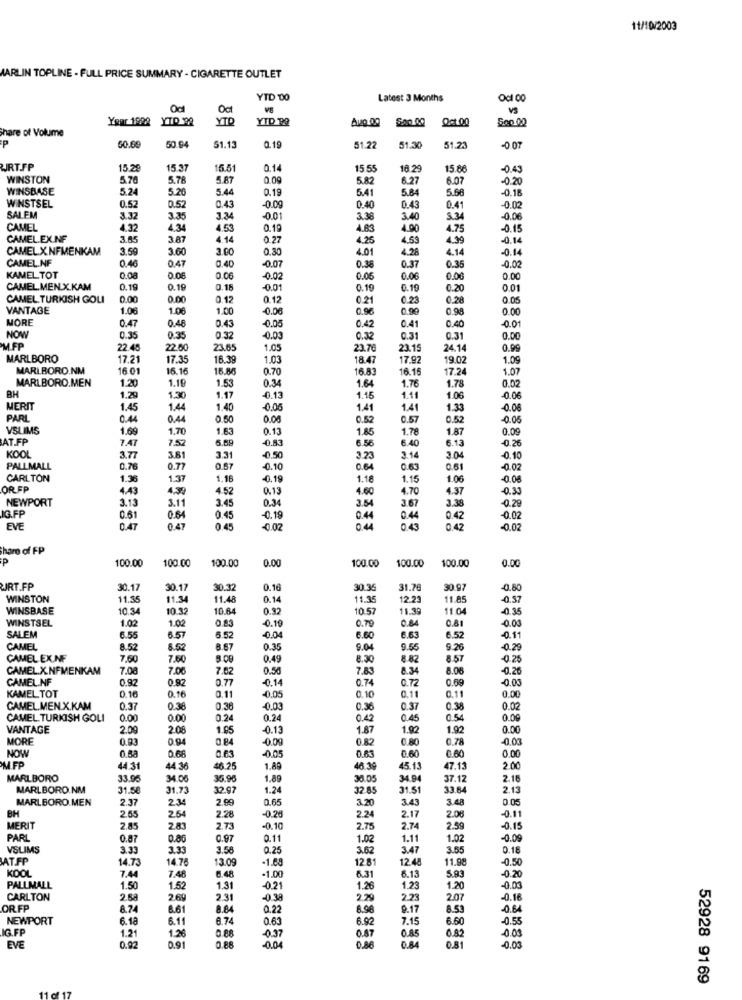
11/10/2003
MARLIN TOPLINE - FULL PRICE SUMMARY - CIGARETTE OUTLET
YTD 00
Latest 3 Months
Oct
VS
Your 1988
YTD
YTD TA
Aug.00
Oct.00
Share of Volume
P
50.69
51.13
0.19
51.22
51.30
51.2
-0 07
URT.FP
15.29
15.37
15.51
0.14
15 5
18.29
15.86
-0.49
WINSTON
5.76
5.78
5.87
0.09
5.82
6.27
6.07
-0.20
WINSBASE
5.24
5.26
5.44
0.19
5.41
5.84
5.66
-0.18
-0.0g
WINSTSEL
0.52
0.52
0.43
0.40
0.43
0.41
-0.02
SALEM
3.32
3.35
3.34
001
3.38
3.40
S.34
0.08
CAMEL
4.32
4.34
4.53
0.19
4.83
4.90
4.75
-0.15
CAMEL.EX.NF
3.65
3.87
4.14
0.27
4.25
4.53
4.99
-0.14
CAMEL.X.NFMENKAM
3.59
3.60
3.00
0.30
4.01
4.28
4.14
-0.14
CAMEL.NF
0.46
0.47
0.40
-0.07
0.38
0.37
0.35
-0.02
KAMEL TOT
0.08
0.06
0.06
-0.02
0.0€
0.06
0.06
0.00
CAMEL.MEN.X.KAM
0.19
0.19
0.15
-0.01
0.19
0.19
0.20
0.01
CAMEL. TURKISH GOLI
0.00
0.00
0.12
0.12
0.21
0.23
0.28
0.05
VANTAGE
1.06
1.06
1.00
-0.06
0.96
0.90
0.98
0.00
MORE
0.47
0.46
-0.00
0.43
0.42
0.41
0.40
-0.01
NOW
0.35
0.35
0.32
-0.03
0.32
0.31
0.31
0.00
MFP
22.48
22.60
23.65
1.05
23.76
23.15
24.14
0.99
MARLBORO
17.21
17.35
16.39
1.03
18.47
17.92
19.02
1.09
MARLBORO.NM
16.01
16.16
15.86
0.70
16.83
16.16
17.24
1.07
MARLBORO.MEN
1.20
1.16
1.53
0.34
1.64
1.78
0.02
BH
1.76
1.29
1.30
1.17
-0.13
1.15
1.11
1.06
-0.06
MERIT
1.45
1.44
1.40
0.05
1.41
1.41
1.33
-0.08
PARL
0.44
0.44
0.50
0.00
0.52
0.57
0.52
-0.05
VSLIMS
1.69
1.70
1.63
0.13
1.85
1.78
1.87
0.09
AT.FP
7.47
7.5
5.69
-0.53
6.56
6.13
-0.26
6.40
KOOL
3.77
3.81
3.31
-0.50
3.23
3.14
3.04
-0.10
PALLMALL
0.76
0.77
0.57
-0.10
0.64
0.63
0.61
-0.02
CARLTON
1.36
1.37
1.18
-0.19
1.18
1.15
1.06
-0.06
OR FP
4.43
4.39
4.52
0.13
4.60
4.70
4.37
-0.33
NEWPORT
3.13
3.11
0.34
3.54
3.67
3.38
IG.FP
3.45
-0.29
0.61
0.64
0.45
0.19
0.44
0.44
0.42
-0.02
EVE
0.47
0.47
0.45
0.02
0.43
0.42
-0.02
Share of FP
P
100.00
100.00
100.00
0.00
100.00
0.00
100.00
100.00
RT.FP
30.17
30.17
30.32
0.16
30.35
31.7
30.97
0.80
WINSTON
11.35
11.34
11.48
0.14
11.35
12.23
11.85
-0.57
WINSBASE
10.34
10.32
10.64
0.92
10.57
11.39
11.04
-0.35
WINSTSEL
1.02
1.02
-0.19
0.70
0.84
0.81
-0.00
SALEM
6.55
6.57
5.52
-0.04
6.60
6.63
6.52
-0.11
CAMEL
8.52
6.52
8.67
0.35
9.04
9.55
9.26
0.28
CAMEL EX.NF
7,60
7.60
9.00
0,49
8.30
8-82
8.57
-0.25
CAMEL.X.NFMENKAM
7.08
7.06
7.62
0.56
7.83
8.34
8.06
-0.26
CAMEL NF
0.92
0.92
0.77
-0.14
0.74
0.72
0.69
-0.00
KAMEL TOT
0.11
0.11
0.16
0.16
0.05
0.10
0.11
0.00
CAMEL.MEN.X.KAM
0.37
0.38
0.36
-0.03
0.36
0.37
0.38
0.02
CAMEL TURKISH GOLI
0.00
0.00
0.24
0.24
0.42
0.45
0.54
0.00
VANTAGE
2.09
2.08
1.95
-0.13
1.87
1.92
1.92
0.00
MORE
0.93
0.94
0 84
0.09
0.82
0.80
0.78
-0.03
NOW
0.63
0.05
0.63
0.60
0.00
0.58
0.66
0.60
MFP
44.31
44 36
46.25
1.89
46.39
45.13
47.13
2.00
MARLBORO
33.95
34.06
35.96
1.89
34.94
37.12
2.16
MARLBORO.NM
31.58
31.73
32.97
1.24
32.85
31.51
33.64
2.13
MARLBORO.MEN
2.37
2.34
2.99
0.65
3.20
3.43
3.48
0 05
-0.11
BH
2.55
2.54
2.28
0.20
2.24
2.17
2.08
MERIT
2.85
2.83
2.73
-0.10
2.75
2.74
2.59
-0.15
PARI
0.87
0.86
0.97
0.11
1.02
1.11
1.02
-0.09
VSLIMS
3.33
3.33
3.58
0.25
3.62
3.47
3.55
0.18
AT.FP
14.73
14.76
13.09
-1.68
12.81
12.48
11.98
-0.50
KOOL
7.44
7.48
6.48
-1.00
6.31
6.13
5.93
-0.20
PALLMALL
1.50
1.52
1.31
0.21
1.26
1.23
1.20
CARLTON
2.68
2.69
2.31
-0.38
2.29
2.23
2.07
-0.16
DR.FP
8.74
8.61
8.84
0.22
8.96
9.17
8.53
-0.64
NEWPORT
6.18
6.11
8.74
0.63
6.92
7.15
6.60
-0.55
IG.FF
1.26
0.88
-0.37
0.87
0.85
-0.03
1.21
0.91
0.88
0.04
0.88
0.82
081
EVE
0.02
-0.03
52928 9169